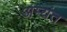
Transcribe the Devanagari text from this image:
अम्यंत